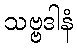
သဗ္ဗဒါနံ